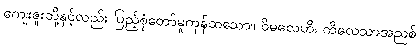
ကျေးဇူးတို့နှင့်လည်း ပြည့်စုံတော်မူကုန်ထသော။ ဝိမလေဟိ၊ ကိလေသာအညစ်